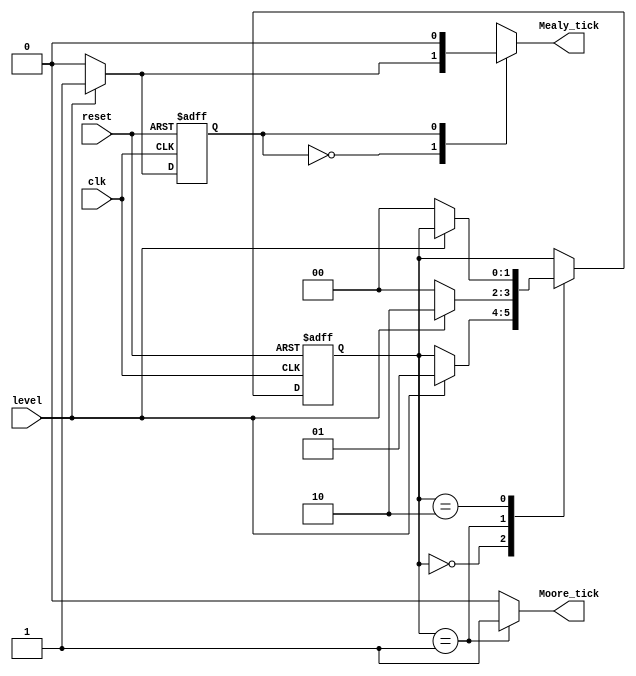
`timescale 1ns / 1ps
//////////////////////////////////////////////////////////////////////////////////
// Company: 
// Engineer: 
// 
// Design Name: 
// Module Name: edgeDetector
// Project Name: 
// Target Devices: 
// Tool Versions: 
// Description: 
// 
// Dependencies: 
// 
// Revision:
// Revision 0.01 - File Created
// Additional Comments:
// 
//////////////////////////////////////////////////////////////////////////////////


module edgeDetector
(
    input wire clk, reset, 
    input wire level, 
    output reg Mealy_tick, Moore_tick
);

localparam 
    zeroMealy = 1'b0,
    oneMealy =  1'b1;
    
localparam [1:0] 
    zeroMoore = 2'b00,
    edgeMoore = 2'b01, 
    oneMoore = 2'b10;

reg stateMealy_reg, stateMealy_next; 
reg[1:0] stateMoore_reg, stateMoore_next;

always @(posedge clk, posedge reset)
begin
    if(reset) 
        begin
        stateMealy_reg <= zeroMealy;
        stateMoore_reg <= zeroMoore;
        end
    else
        begin
        stateMealy_reg <= stateMealy_next;
        stateMoore_reg <= stateMoore_next;
        end
end
always @(stateMealy_reg, level)
begin
    
    stateMealy_next = stateMealy_reg; 
    
    Mealy_tick = 1'b0;
    case(stateMealy_reg)
        zeroMealy:
            if(level)  
                begin
                    stateMealy_next = oneMealy; 
                    Mealy_tick = 1'b1;
                end
        oneMealy: 
            if(~level) 
                stateMealy_next = zeroMealy; 
    endcase
end

always @(stateMoore_reg, level)
begin
   
    stateMoore_next = stateMoore_reg;
    
    Moore_tick = 1'b0; 
    case(stateMoore_reg)
        zeroMoore: 
            if(level) 
                stateMoore_next = edgeMoore; 
        edgeMoore:
            begin
                Moore_tick = 1'b1; 
                if(level) 
                    stateMoore_next = oneMoore;
                else    
                    stateMoore_next = zeroMoore; 
            end
        oneMoore: 
            if(~level) 
                stateMoore_next = zeroMoore;
     endcase
end
endmodule